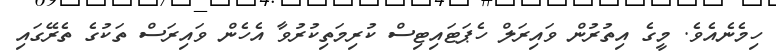
ހިމެނެއެވެ. މީގެ އިތުރުން ވައިރަލް ހެޕަޓައިޓިސް ކުރިމަތިކުރުވާ އެހެން ވައިރަސް ތަކުގެ ތެރޭގައި